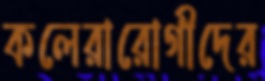
কলেরারোগীদের